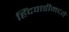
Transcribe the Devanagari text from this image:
हिंदवाडीमध्ये